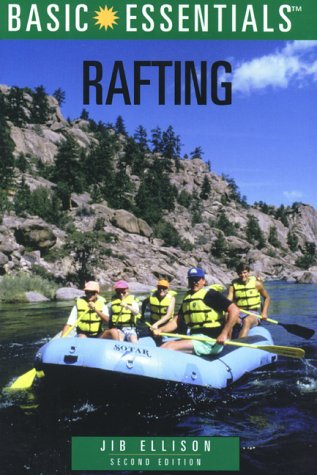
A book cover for Basic Essentials Rafting, 2nd (Basic Essentials Series); Jib Ellison; Sports & Outdoors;